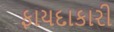
ફાયદાકારી